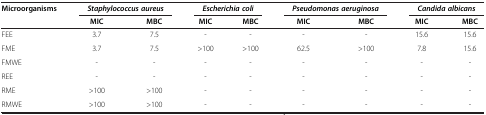
<table><thead><tr><td rowspan="2"><b>Microorganisms</b></td><td colspan="2"><b><i>Staphylococcus aureus</i></b></td><td colspan="2"><b><i>Escherichia coli</i></b></td><td colspan="2"><b><i>Pseudomonas aeruginosa</i></b></td><td colspan="2"><b><i>Candida albicans</i></b></td></tr><tr><td><b>MIC</b></td><td><b>MBC</b></td><td><b>MIC</b></td><td><b>MBC</b></td><td><b>MIC</b></td><td><b>MBC</b></td><td><b>MIC</b></td><td><b>MBC</b></td></tr></thead><tbody><tr><td>FEE</td><td>3.7</td><td>7.5</td><td>-</td><td>-</td><td>-</td><td>-</td><td>15.6</td><td>15.6</td></tr><tr><td>FME</td><td>3.7</td><td>7.5</td><td>&gt;100</td><td>&gt;100</td><td>62.5</td><td>&gt;100</td><td>7.8</td><td>15.6</td></tr><tr><td>FMWE</td><td>-</td><td>-</td><td>-</td><td>-</td><td>-</td><td>-</td><td>-</td><td>-</td></tr><tr><td>REE</td><td>-</td><td>-</td><td>-</td><td>-</td><td>-</td><td>-</td><td>-</td><td>-</td></tr><tr><td>RME</td><td>&gt;100</td><td>&gt;100</td><td>-</td><td>-</td><td>-</td><td>-</td><td>-</td><td>-</td></tr><tr><td>RMWE</td><td>&gt;100</td><td>&gt;100</td><td>-</td><td>-</td><td>-</td><td>-</td><td>-</td><td>-</td></tr></tbody></table>